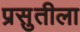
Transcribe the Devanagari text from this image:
प्रसुतीला